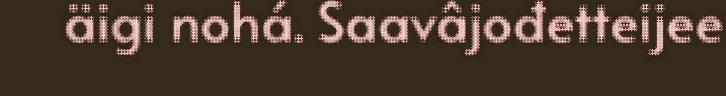
äigi nohá. Saavâjođetteijee